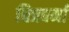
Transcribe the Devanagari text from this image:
चित्रवर्मा